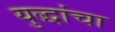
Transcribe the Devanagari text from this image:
युद्धांचा